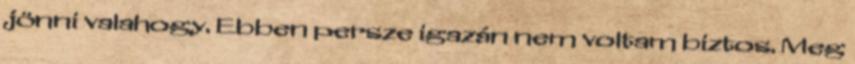
jönni valahogy. Ebben persze igazán nem voltam biztos. Meg